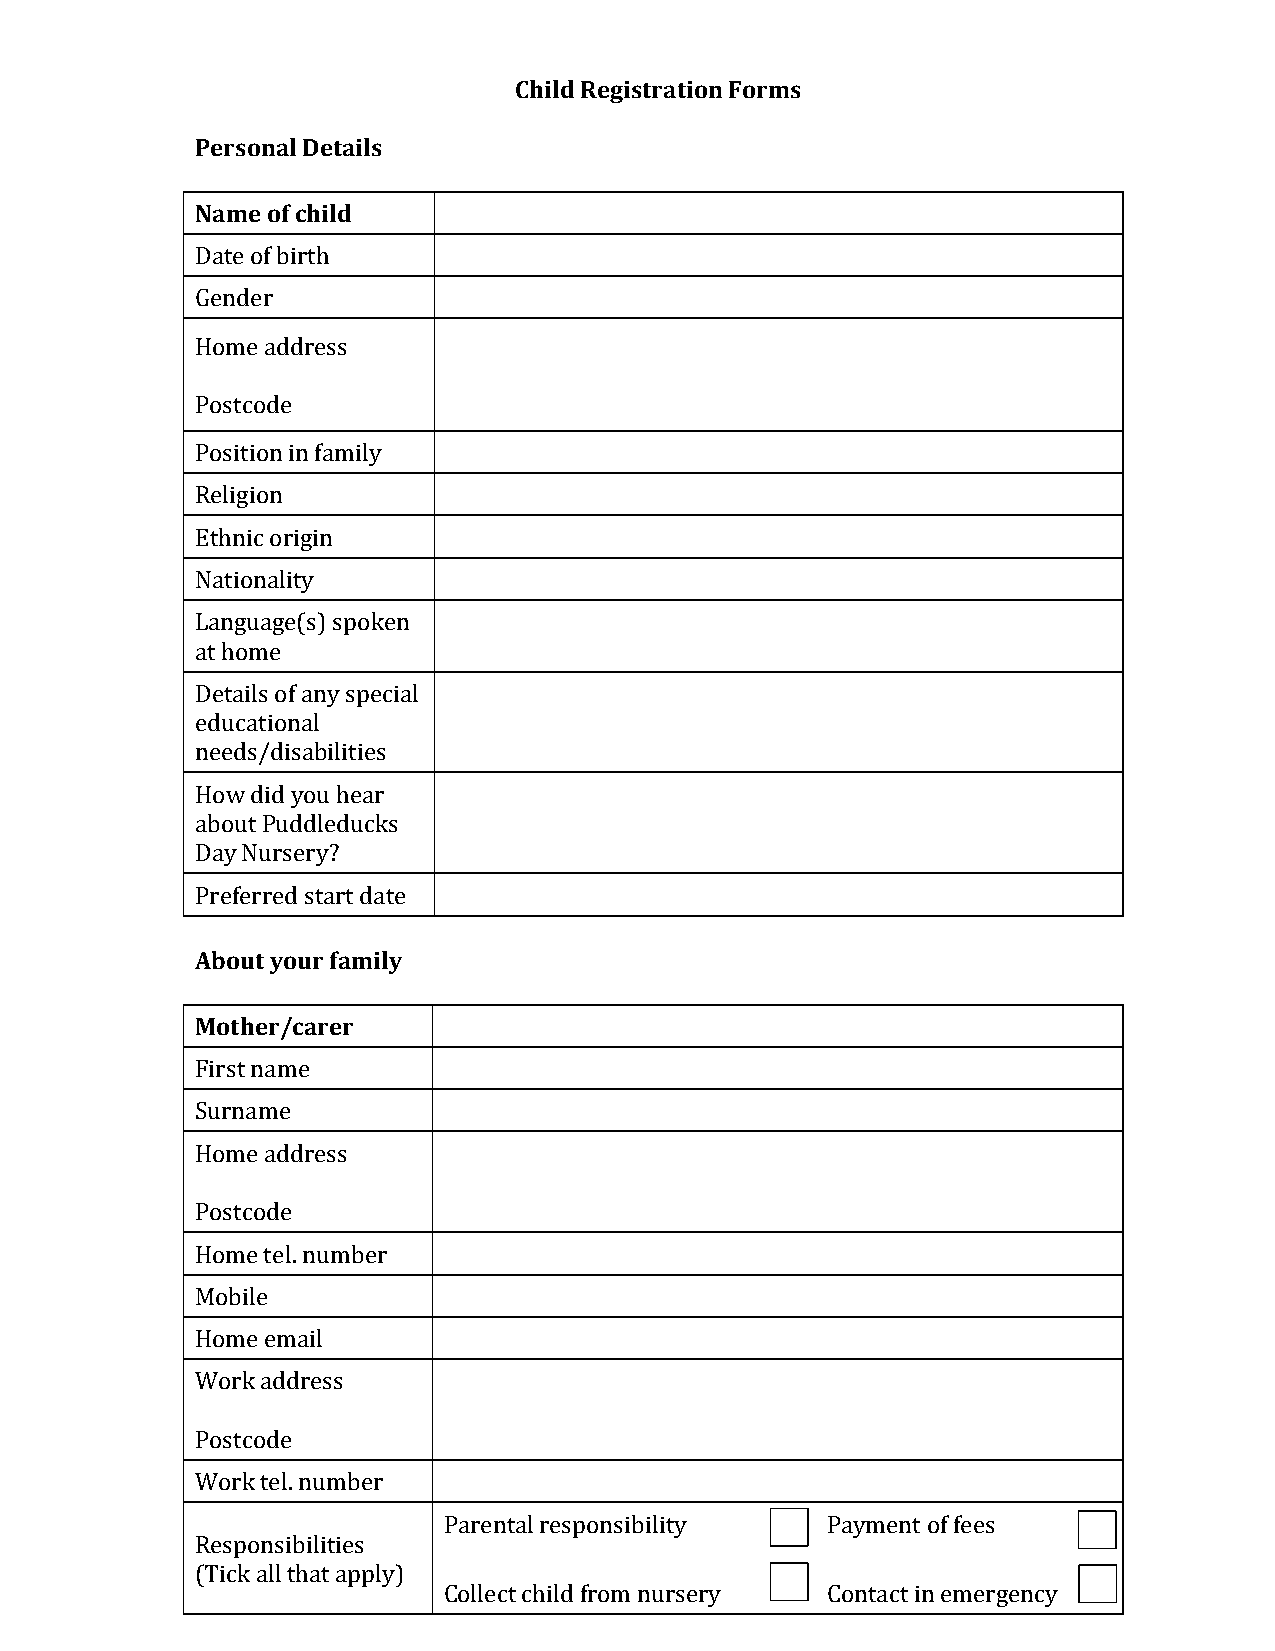
Child Registration Forms
 Personal Details
 Name of child
 Date of birth
 Gender
 Home address
 Postcode
 Position in family
 Religion
 Ethnic origin
 Nationality
 Language(s) spoken
 at home
 Details of any special
 educational
 needs/disabilities
 How did you hear
 about Puddleducks
 Day Nursery?
 Preferred start date
 About your family
 Mother/carer
 First name
 Surname
 Home address
 Postcode
 Home tel. number
 Mobile
 Home email
 Work address
 Postcode
 Work tel. number
 Parental responsibility   Payment of fees
 Responsibilities
 (Tick all that apply)
 Collect child from nursery Contact in emergency